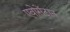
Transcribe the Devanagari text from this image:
एवोसेंटान